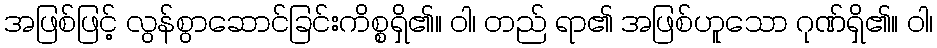
အဖြစ်ဖြင့် လွန်စွာဆောင်ခြင်းကိစ္စရှိ၏။ ဝါ၊ တည် ရာ၏ အဖြစ်ဟူသော ဂုဏ်ရှိ၏။ ဝါ၊